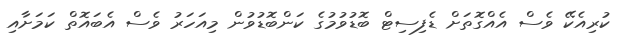
ކުރިއެކޭ ވެސް އެއްގޮތަށް ޑެފިސިޓް ބޮޑުވުމުގެ ކަންބޮޑުވުން މިއަހަރު ވެސް އެބައޮތް ކަމަށާއި